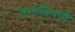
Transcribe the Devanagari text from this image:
जगाविषयी